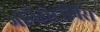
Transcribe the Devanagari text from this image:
गोनैडोट्रॉपिंस